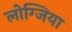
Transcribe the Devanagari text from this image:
लोग्जिया